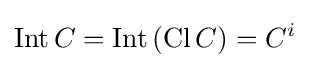
\operatorname {Int} C=\operatorname {Int} \left(\operatorname {Cl} C\right)=C^{i}